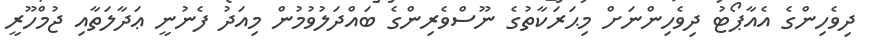
ދިވެހިންގެ އެއާޕޯޓު ދިވެހިންނަށް މިޙަރަކާތުގެ ނޫސްވެރިންގެ ބައްދަލުވުމުން މިއަދު ފެނުނީ ޢަދާލަތާއި ޖުމްހޫރީ